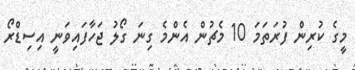
މީގެ ކުރިން ފުރަތަމަ 10 މެޗުން އެންމެ ގިނަ ގޯލު ޖަހާފައިވަނީ އިސިޑްރޯ